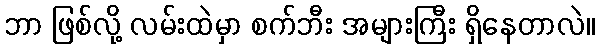
ဘာ ဖြစ်လို့ လမ်းထဲမှာ စက်ဘီး အများကြီး ရှိနေတာလဲ။